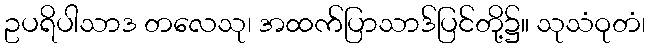
ဥပရိပါသာဒ တလေသု၊ အထက်ပြာသာဒ်ပြင်တို့၌။ သုသံဝုတံ၊